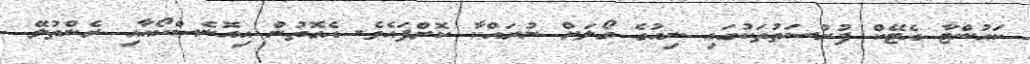
ކައުންޓާ އެޓޭކް ފުރުސަތުތަކުގައި ނިއުގެ ގޯލަށް ނުރައްކާ ކޮށްފައެވެ. އެގޮތުން އިއޮނެސްކޯއާއި ރެންތުލޭ